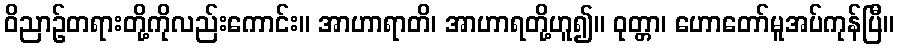
ဝိညာဉ်တရားတို့ကိုလည်းကောင်း။ အာဟာရာတိ၊ အာဟာရတို့ဟူ၍။ ဝုတ္တာ၊ ဟောတော်မူအပ်ကုန်ပြီ။